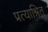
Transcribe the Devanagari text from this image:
प्रत्याश्रित